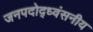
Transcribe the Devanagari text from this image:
जनपदोद्ध्वंसनीय